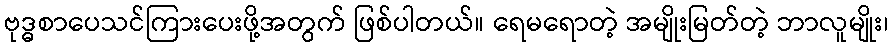
ဗုဒ္ဓစာပေသင်ကြားပေးဖို့အတွက် ဖြစ်ပါတယ်။ ရေမရောတဲ့ အမျိုးမြတ်တဲ့ ဘာလူမျိုး၊